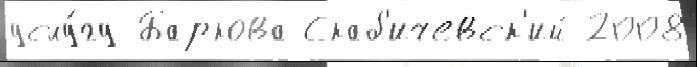
услу́гу Баркова Скаб'ичевск'ий 2008